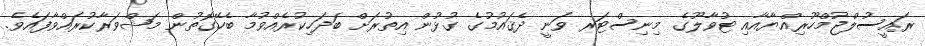
ރައީސުލްޖުމްހޫރިއްޔާއާއި ޓުވާލޫގެ މިނިސްޓަރ ވަނީ ދެޤައުމުގެ ގުޅުން އިތުރަށް ބަދަހިކުރެއްވުމާ ބެހޭގޮތުން މަޝްވަރާކުރައްވާފައެވެ.